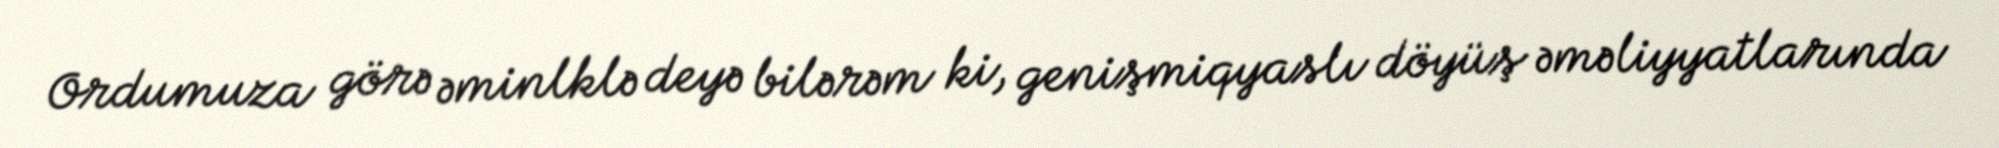
Ordumuza görə əminlklə deyə bilərəm ki, genişmiqyaslı döyüş əməliyyatlarında